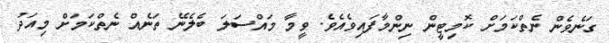
ގަނެވެން ނެތްކަމަށް ކޮމިޓީން ނިންމާފައިވެއެވެ. ވީމާ މައްސަލަ ބެލެނޭ ތަނެއް ނެތްކަމަށް މިއަދު